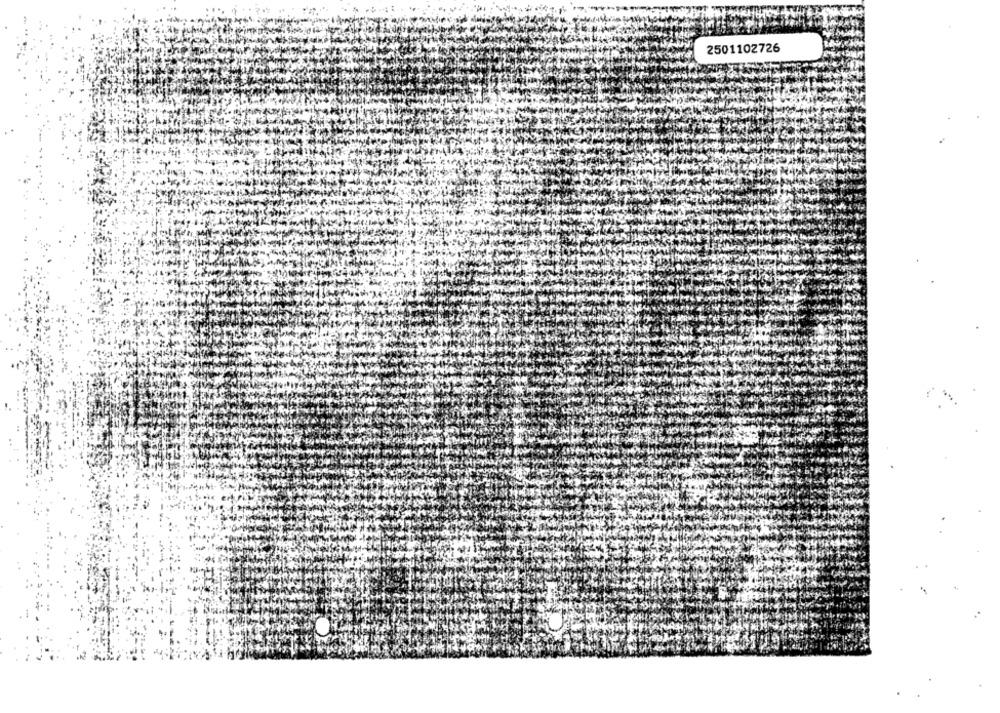
2501102726